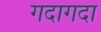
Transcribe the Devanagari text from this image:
गदागदा